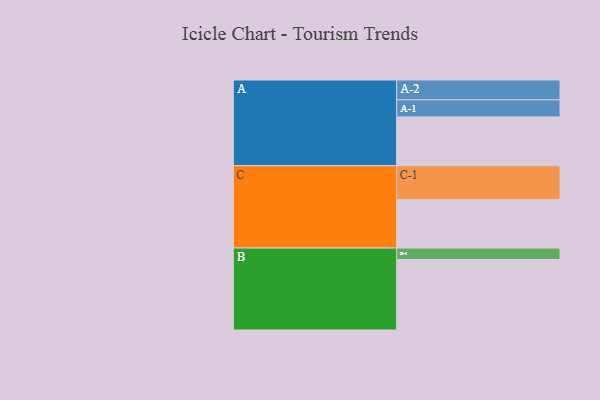
{"axis": {"x": "Segment", "y": "Value"}, "legend": ["", "A", "B", "C"], "data": [{"x": "A", "y": 366, "type": ""}, {"x": "B", "y": 529, "type": ""}, {"x": "C", "y": 363, "type": ""}, {"x": "A-1", "y": 128, "type": "A"}, {"x": "A-2", "y": 149, "type": "A"}, {"x": "B-1", "y": 86, "type": "B"}, {"x": "C-1", "y": 255, "type": "C"}]}